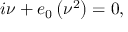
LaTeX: i \nu + e _ { 0 } \left( \nu ^ { 2 } \right) = 0 ,